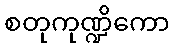
စတုကုဏ္ဍိကော